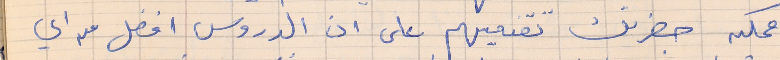
ممكن حضرتك تقنعيهم على ان الدروس افضل من أي